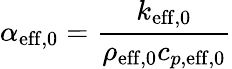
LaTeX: \alpha_{\mathrm{eff,0}}=\frac{k_{\mathrm{eff,0}}}{\rho_{\mathrm{eff,0}}c_{p,\mathrm{eff,0}}}